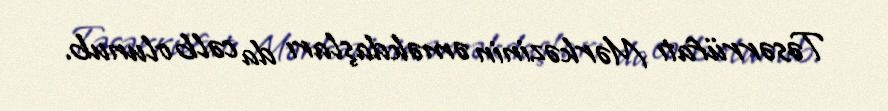
Təsərrüfatı Mərkəzinin əməkdaşları da cəlb olunub.